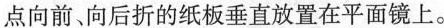
点向前、向后折的纸板垂直放置在平面镜上。